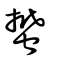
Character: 蠜